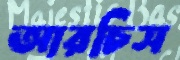
আরচিস